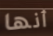
أنها